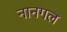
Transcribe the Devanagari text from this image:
नानगल